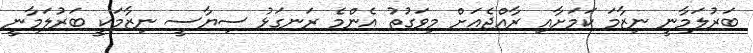
ބަރުލަމާނީ ނިޒާމަ ކަމަށާއި ރާއްޖެއަށް މިވަގުތު އެންމެ ރަނގަޅު ސިޔާސީ ނިޒާމަކީ ބަރުލަމާނީ